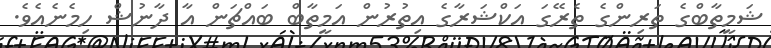
ޝަމީތާބްގެ ތަރިންގެ ތެރޭގަ އަކްޝަރާގެ އިތުރުން އަމީތާބް ބައްޗަން އާ ދާނުޝް ހިމެނެއެވެ.